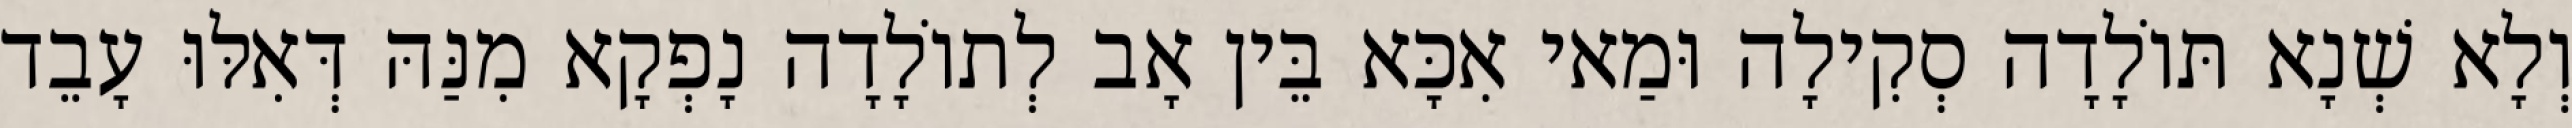
וְלָא שְׁנָא תּוֹלָדָה סְקִילָה וּמַאי אִכָּא בֵּין אָב לְתוֹלָדָה נָפְקָא מִנַּהּ דְּאִלּוּ עָבֵד